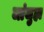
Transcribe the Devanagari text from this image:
जांजुहा